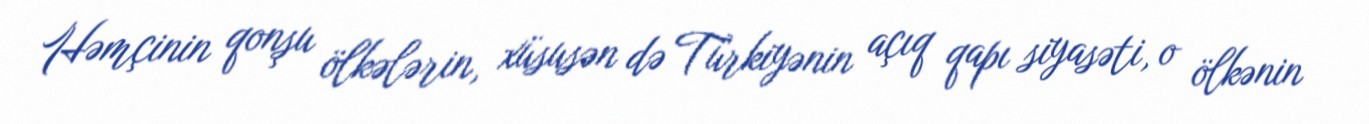
Həmçinin qonşu ölkələrin, xüsusən də Türkiyənin açıq qapı siyasəti, o ölkənin